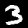
Digit: 3